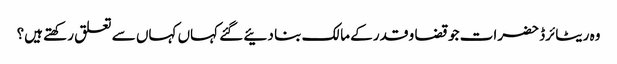
وہ ریٹائرڈ حضرات جو قضا و قدر کے مالک بنا دئیے گئے کہاں کہاں سے تعلق رکھتے ہیں؟